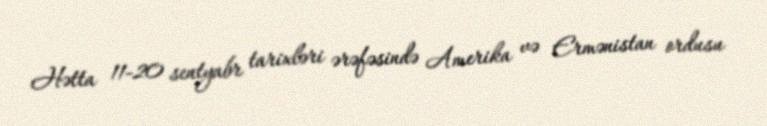
Hətta 11-20 sentyabr tarixləri ərəfəsində Amerika və Ermənistan ordusu